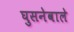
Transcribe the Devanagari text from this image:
घुसनेवाले